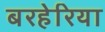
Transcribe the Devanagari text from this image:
बरहेरिया